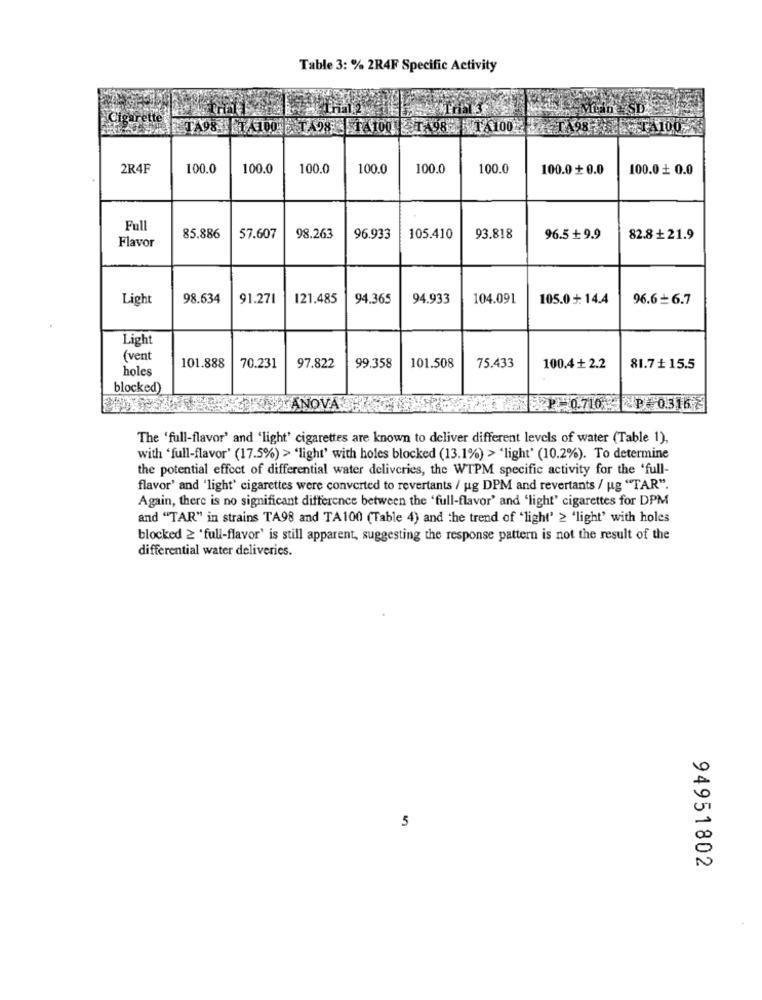
Table 3: % 2R4F Specific Activity
Tria
Cigarette
TA98 TA100 TA98 1A1001.98 1 100 1498 A100-
2R4F
100.0
100.0
100.0
100.0
100.0
100.0
100.0 + 0.0
100.0 0.0
Full
Flavor
85.886
57.607
98.263
96.933
105.410
93.818
96.5 +9.9
82.8+21.9
Light
98.634
91.271
121.485
94.365
94.933
104.091
105.0 +: 14.4
96.6+ 6.7
Light
(vent
holes
101.888
70.231
97.822
99.358
101.508
75.433
100.4 + 2.2
81.7 + 15.5
blocked)
ANOVA"
-0716P. 0.3167
The 'full-flavor' and 'light' cigarettes are known to deliver different levels of water (Table 1),
with 'full-flavor' (17.5%) > 'light' with holes blocked (13.1%) > 'light' (10.2%). To determine
the potential effect of differential water deliveries, the WTPM specific activity for the 'full-
flavor' and 'light' cigarettes were converted to revertants / ug DPM and revertants / ug "TAR".
Again, there is no significant difference between the 'full-flavor' and 'light" cigarettes for DPM
and "TAR" in strains TA98 and TA100 (Table 4) and the trend of "light' 2 'light' with holes
blocked 2 'full-flavor' is still apparent, suggesting the response pattern is not the result of the
differential water deliveries.
5
94951802